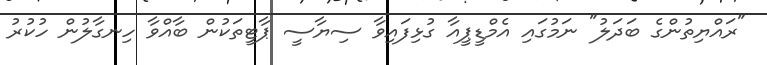
"ރައްޔިތުންގެ ބަދަލު" ނަމުގައި އެމްޑީޕީއާ ގުޅިފައިވާ ސިޔާސީ ޕާޓީތަކުން ބާއްވާ ހިނގާލުން ހުކުރު